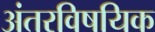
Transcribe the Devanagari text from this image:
अंतरविषयिक